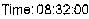
TIME:08:32:00